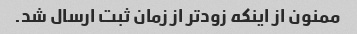
ممنون از اینکه زودتر از زمان ثبت ارسال شد.